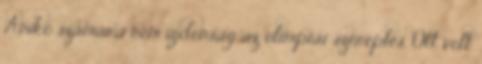
Anikó számára nem újdonság az olimpiai szereplés. Ott volt